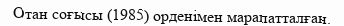
Отан соғысы (1985) орденімен марапатталған.